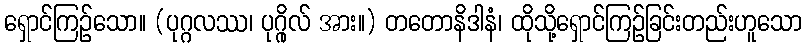
ရှောင်ကြဉ်သော။ (ပုဂ္ဂလဿ၊ ပုဂ္ဂိုလ် အား။) တတောနိဒါနံ၊ ထိုသို့ရှောင်ကြဉ်ခြင်းတည်းဟူသော